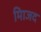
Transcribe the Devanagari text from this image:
मािजद